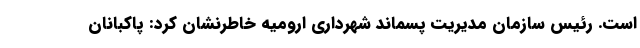
است. رئیس سازمان مدیریت پسماند شهرداری ارومیه خاطرنشان کرد: پاکبانان